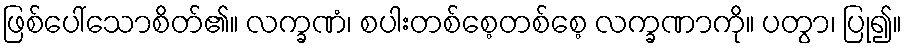
ဖြစ်ပေါ်သောစိတ်၏။ လက္ခဏံ၊ စပါးတစ်စေ့တစ်စေ့ လက္ခဏာကို။ ပတွာ၊ ပြု၍။